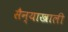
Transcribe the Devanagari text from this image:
सैन्याखाली